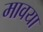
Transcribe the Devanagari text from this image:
मावया